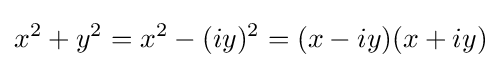
x^{2}+y^{2}=x^{2}-(iy)^{2}=(x-iy)(x+iy)